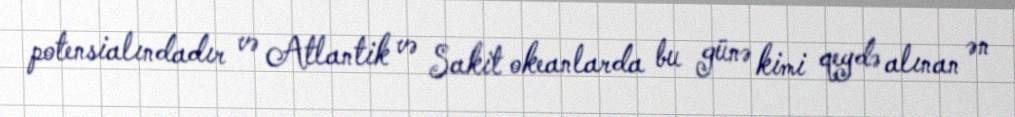
potensialındadır və Atlantik və Sakit okeanlarda bu günə kimi qeydə alınan ən